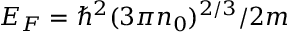
E _ { F } = \hbar ^ { 2 } ( 3 \pi n _ { 0 } ) ^ { 2 / 3 } / 2 m